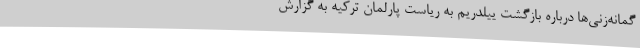
گمانه‌زنی‌ها درباره بازگشت ییلدریم به ریاست پارلمان ترکیه به گزارش